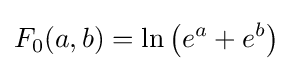
F_{0}(a,b)=\ln \left(e^{a}+e^{b}\right)